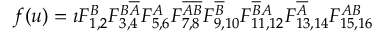
f ( u ) = \imath F _ { 1 , 2 } ^ { B } \allowbreak F _ { 3 , 4 } ^ { B \overline { { A } } } \allowbreak F _ { 5 , 6 } ^ { A } \allowbreak F _ { 7 , 8 } ^ { \overline { { A } } \overline { { B } } } \allowbreak F _ { 9 , 1 0 } ^ { \overline { { B } } } \allowbreak F _ { 1 1 , 1 2 } ^ { \overline { { B } } A } \allowbreak F _ { 1 3 , 1 4 } ^ { \overline { { A } } } \allowbreak F _ { 1 5 , 1 6 } ^ { A B }